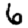
Digit: 6